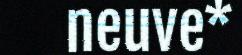
neuve*